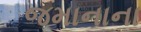
જમાનાના